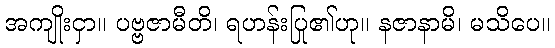
အကျိုးငှာ။ ပဗ္ဗဇာမီတိ၊ ရဟန်းပြု၏ဟု။ နဇာနာမိ၊ မသိပေ။